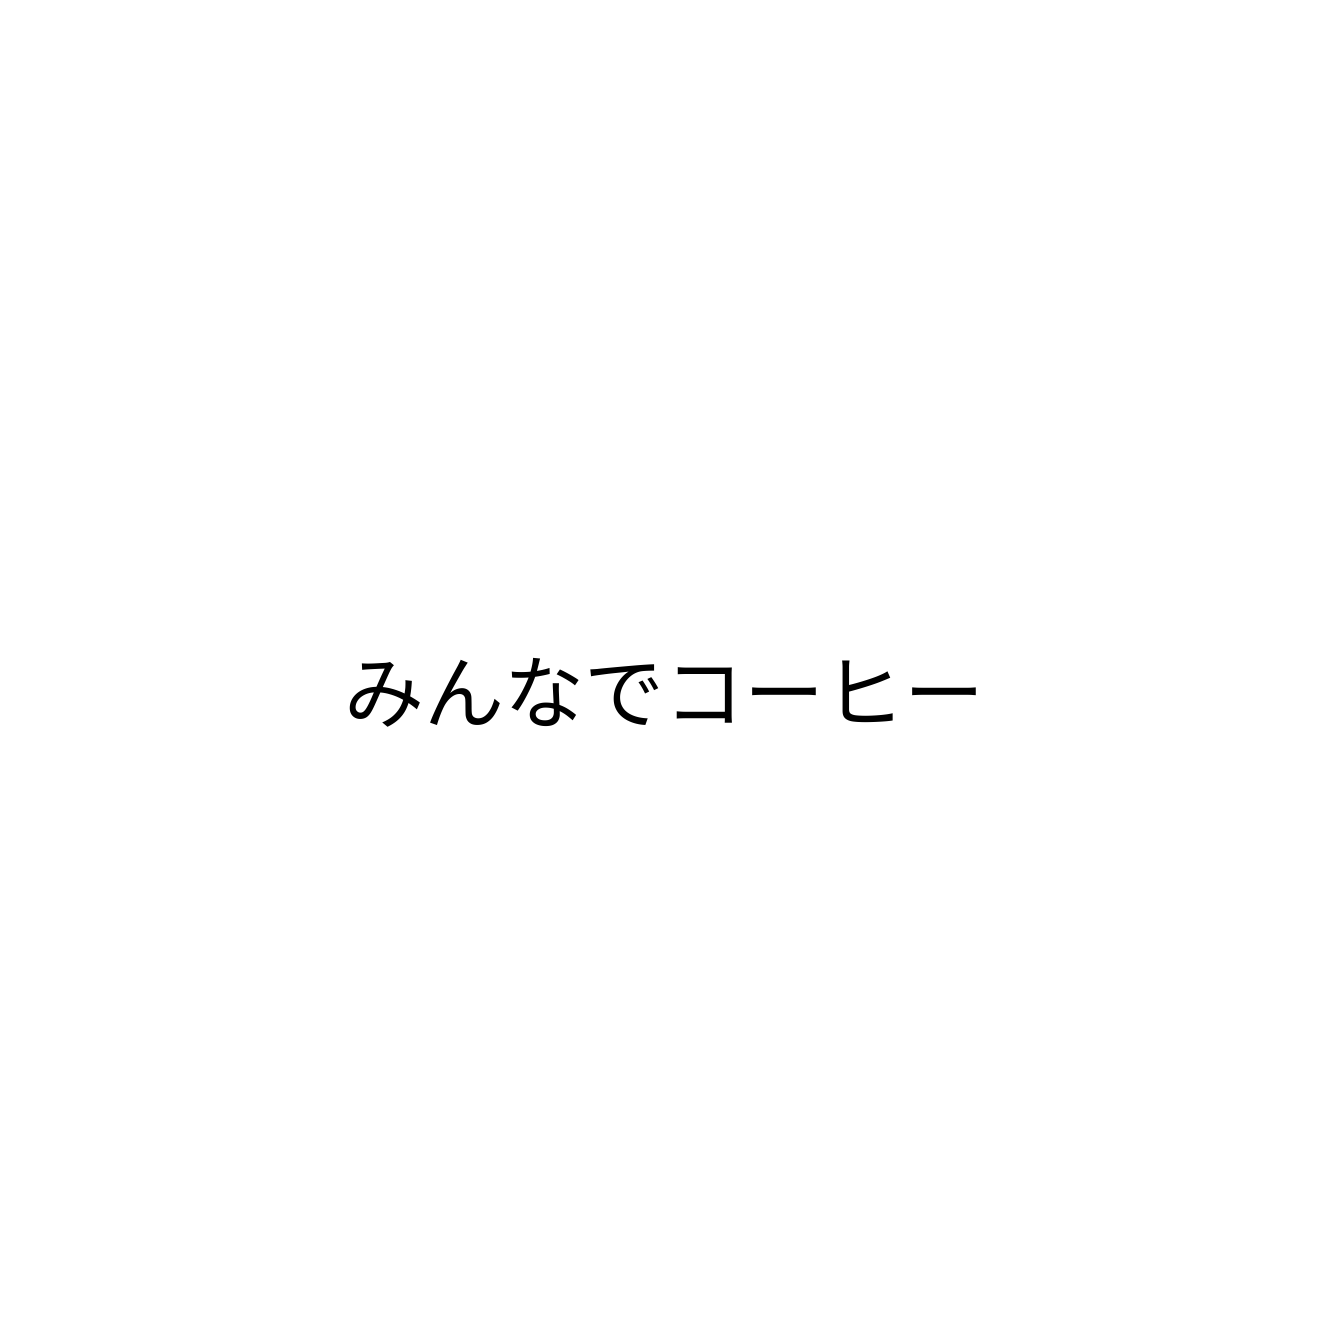
みんなでコーヒー